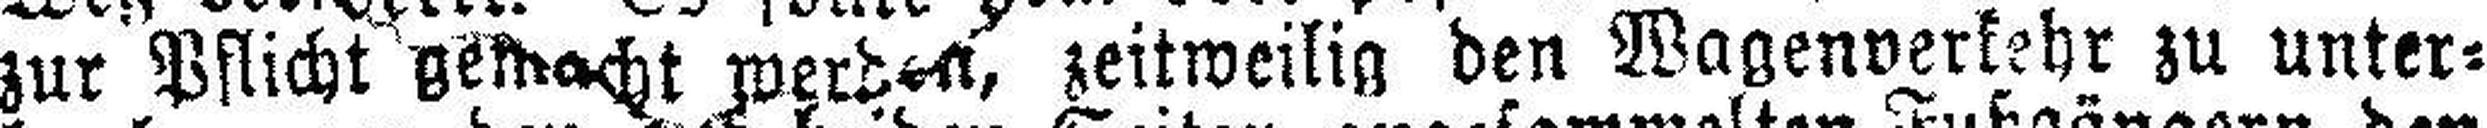
zur Pflicht gemacht werden, zeitweilig den Wagenverkehr zu unter¬